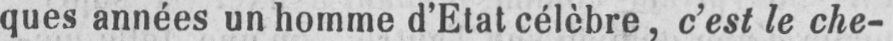
ques années un homme d’Etat célèbre, c’est le che-